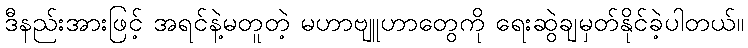
ဒီနည်းအားဖြင့် အရင်နဲ့မတူတဲ့ မဟာဗျူဟာတွေကို ရေးဆွဲချမှတ်နိုင်ခဲ့ပါတယ်။